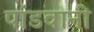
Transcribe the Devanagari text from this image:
पांडवानी